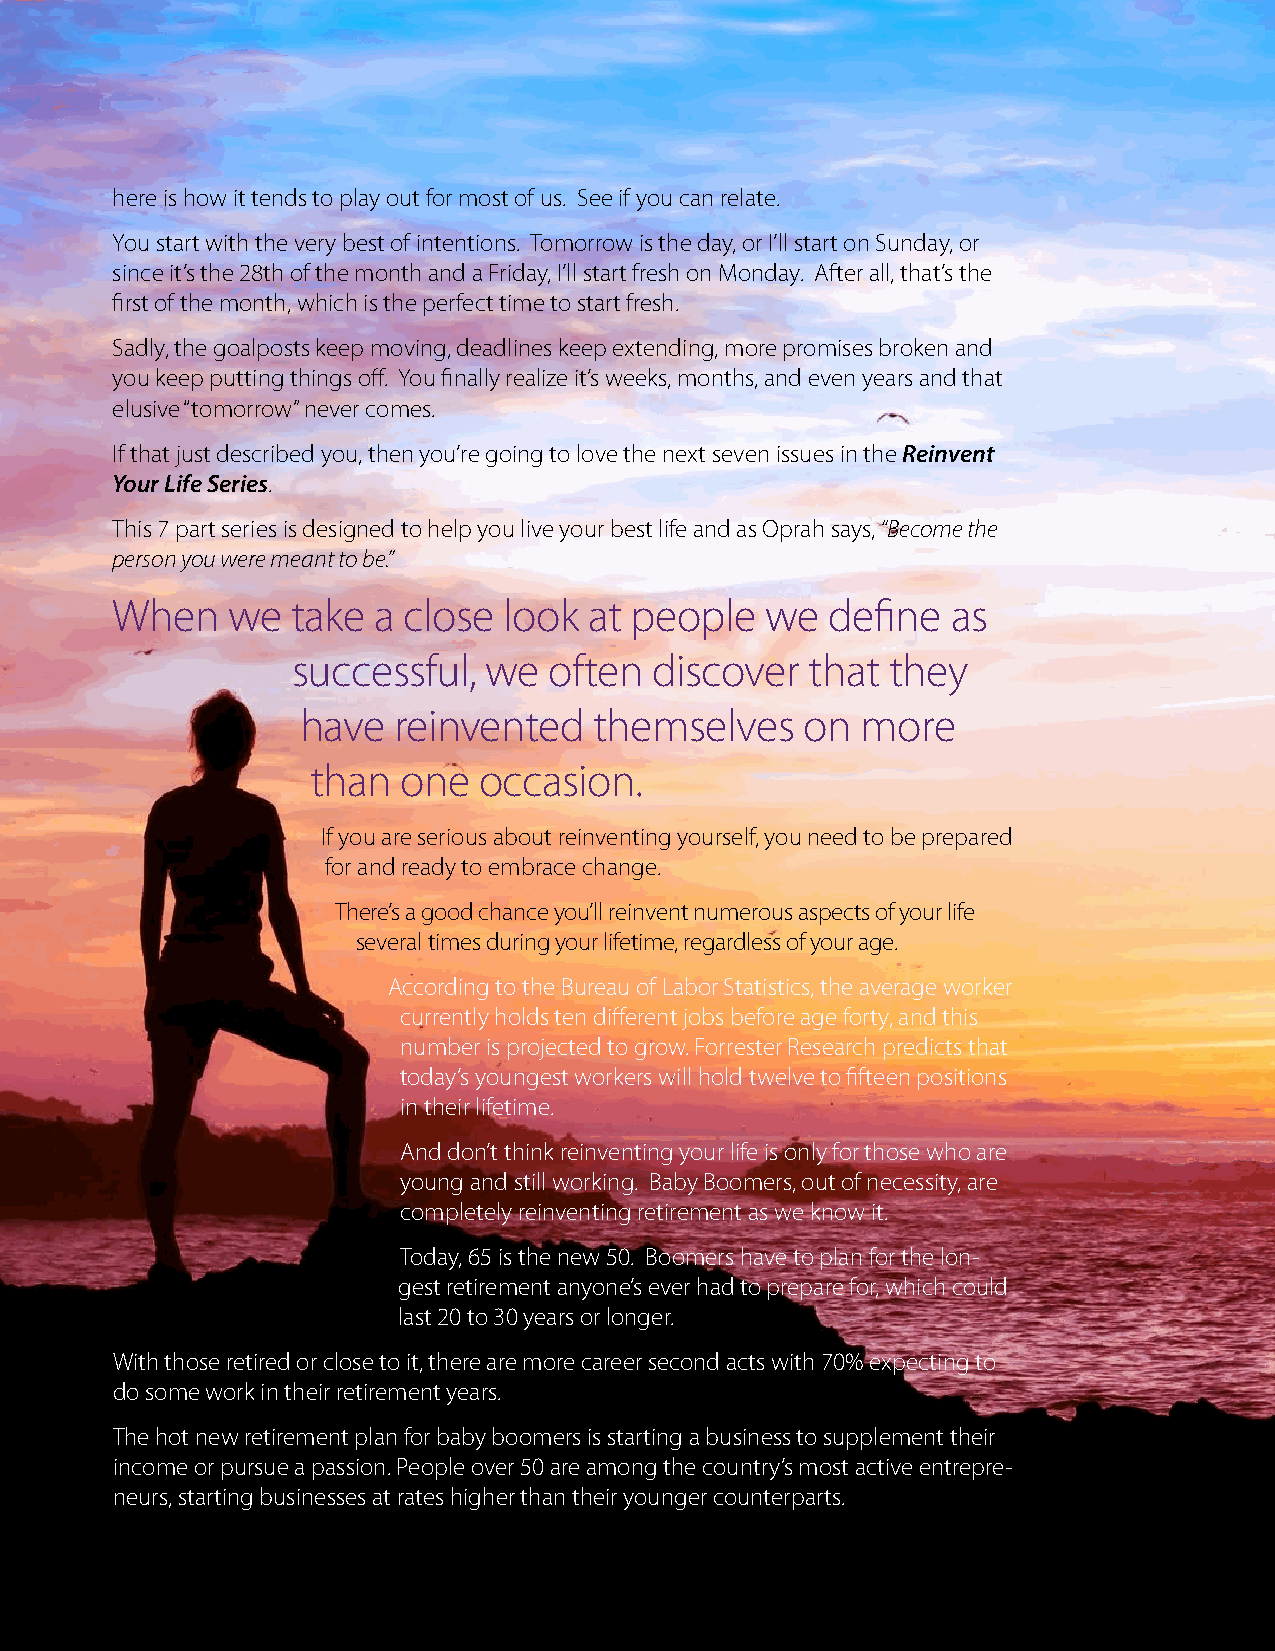
here is how it tends to play out for most of us. See if you can relate.
 You start with the very best of intentions. Tomorrow is the day, or I’ll start on Sunday, or
 since it’s the 28th of the month and a Friday, I’ll start fresh on Monday. After all, that’s the
 first of the month, which is the perfect time to start fresh.
 Sadly, the goalposts keep moving, deadlines keep extending, more promises broken and
 you keep putting things off. You finally realize it’s weeks, months, and even years and that
 elusive “tomorrow” never comes.
 If that just described you, then you’re going to love the next seven issues in the Reinvent
 Your Life Series.
 This 7 part series is designed to help you live your best life and as Oprah says, “Become the
 person you were meant to be.”
 When    we  take  a close look  at people   we  define  as
 successful,  we  often  discover   that they
 have  reinvented   themselves    on  more
 than  one  occasion.
 If you are serious about reinventing yourself, you need to be prepared
 for and ready to embrace change.
 There’s a good chance you’ll reinvent numerous aspects of your life
 several times during your lifetime, regardless of your age.
 According to the Bureau of Labor Statistics, the average worker
 currently holds ten different jobs before age forty, and this
 number is projected to grow. Forrester Research predicts that
 today’s youngest workers will hold twelve to fifteen positions
 in their lifetime.
 And don’t think reinventing your life is only for those who are
 young and still working. Baby Boomers, out of necessity, are
 completely reinventing retirement as we know it.
 Today, 65 is the new 50. Boomers have to plan for the lon-
 gest retirement anyone’s ever had to prepare for, which could
 last 20 to 30 years or longer.
 With those retired or close to it, there are more career second acts with 70% expecting to
 do some work in their retirement years.
 The hot new retirement plan for baby boomers is starting a business to supplement their
 income or pursue a passion. People over 50 are among the country’s most active entrepre-
 neurs, starting businesses at rates higher than their younger counterparts.